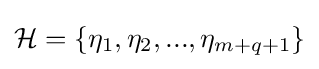
{\mathcal {H}}=\{\eta _{1},\eta _{2},...,\eta _{m+q+1}\}